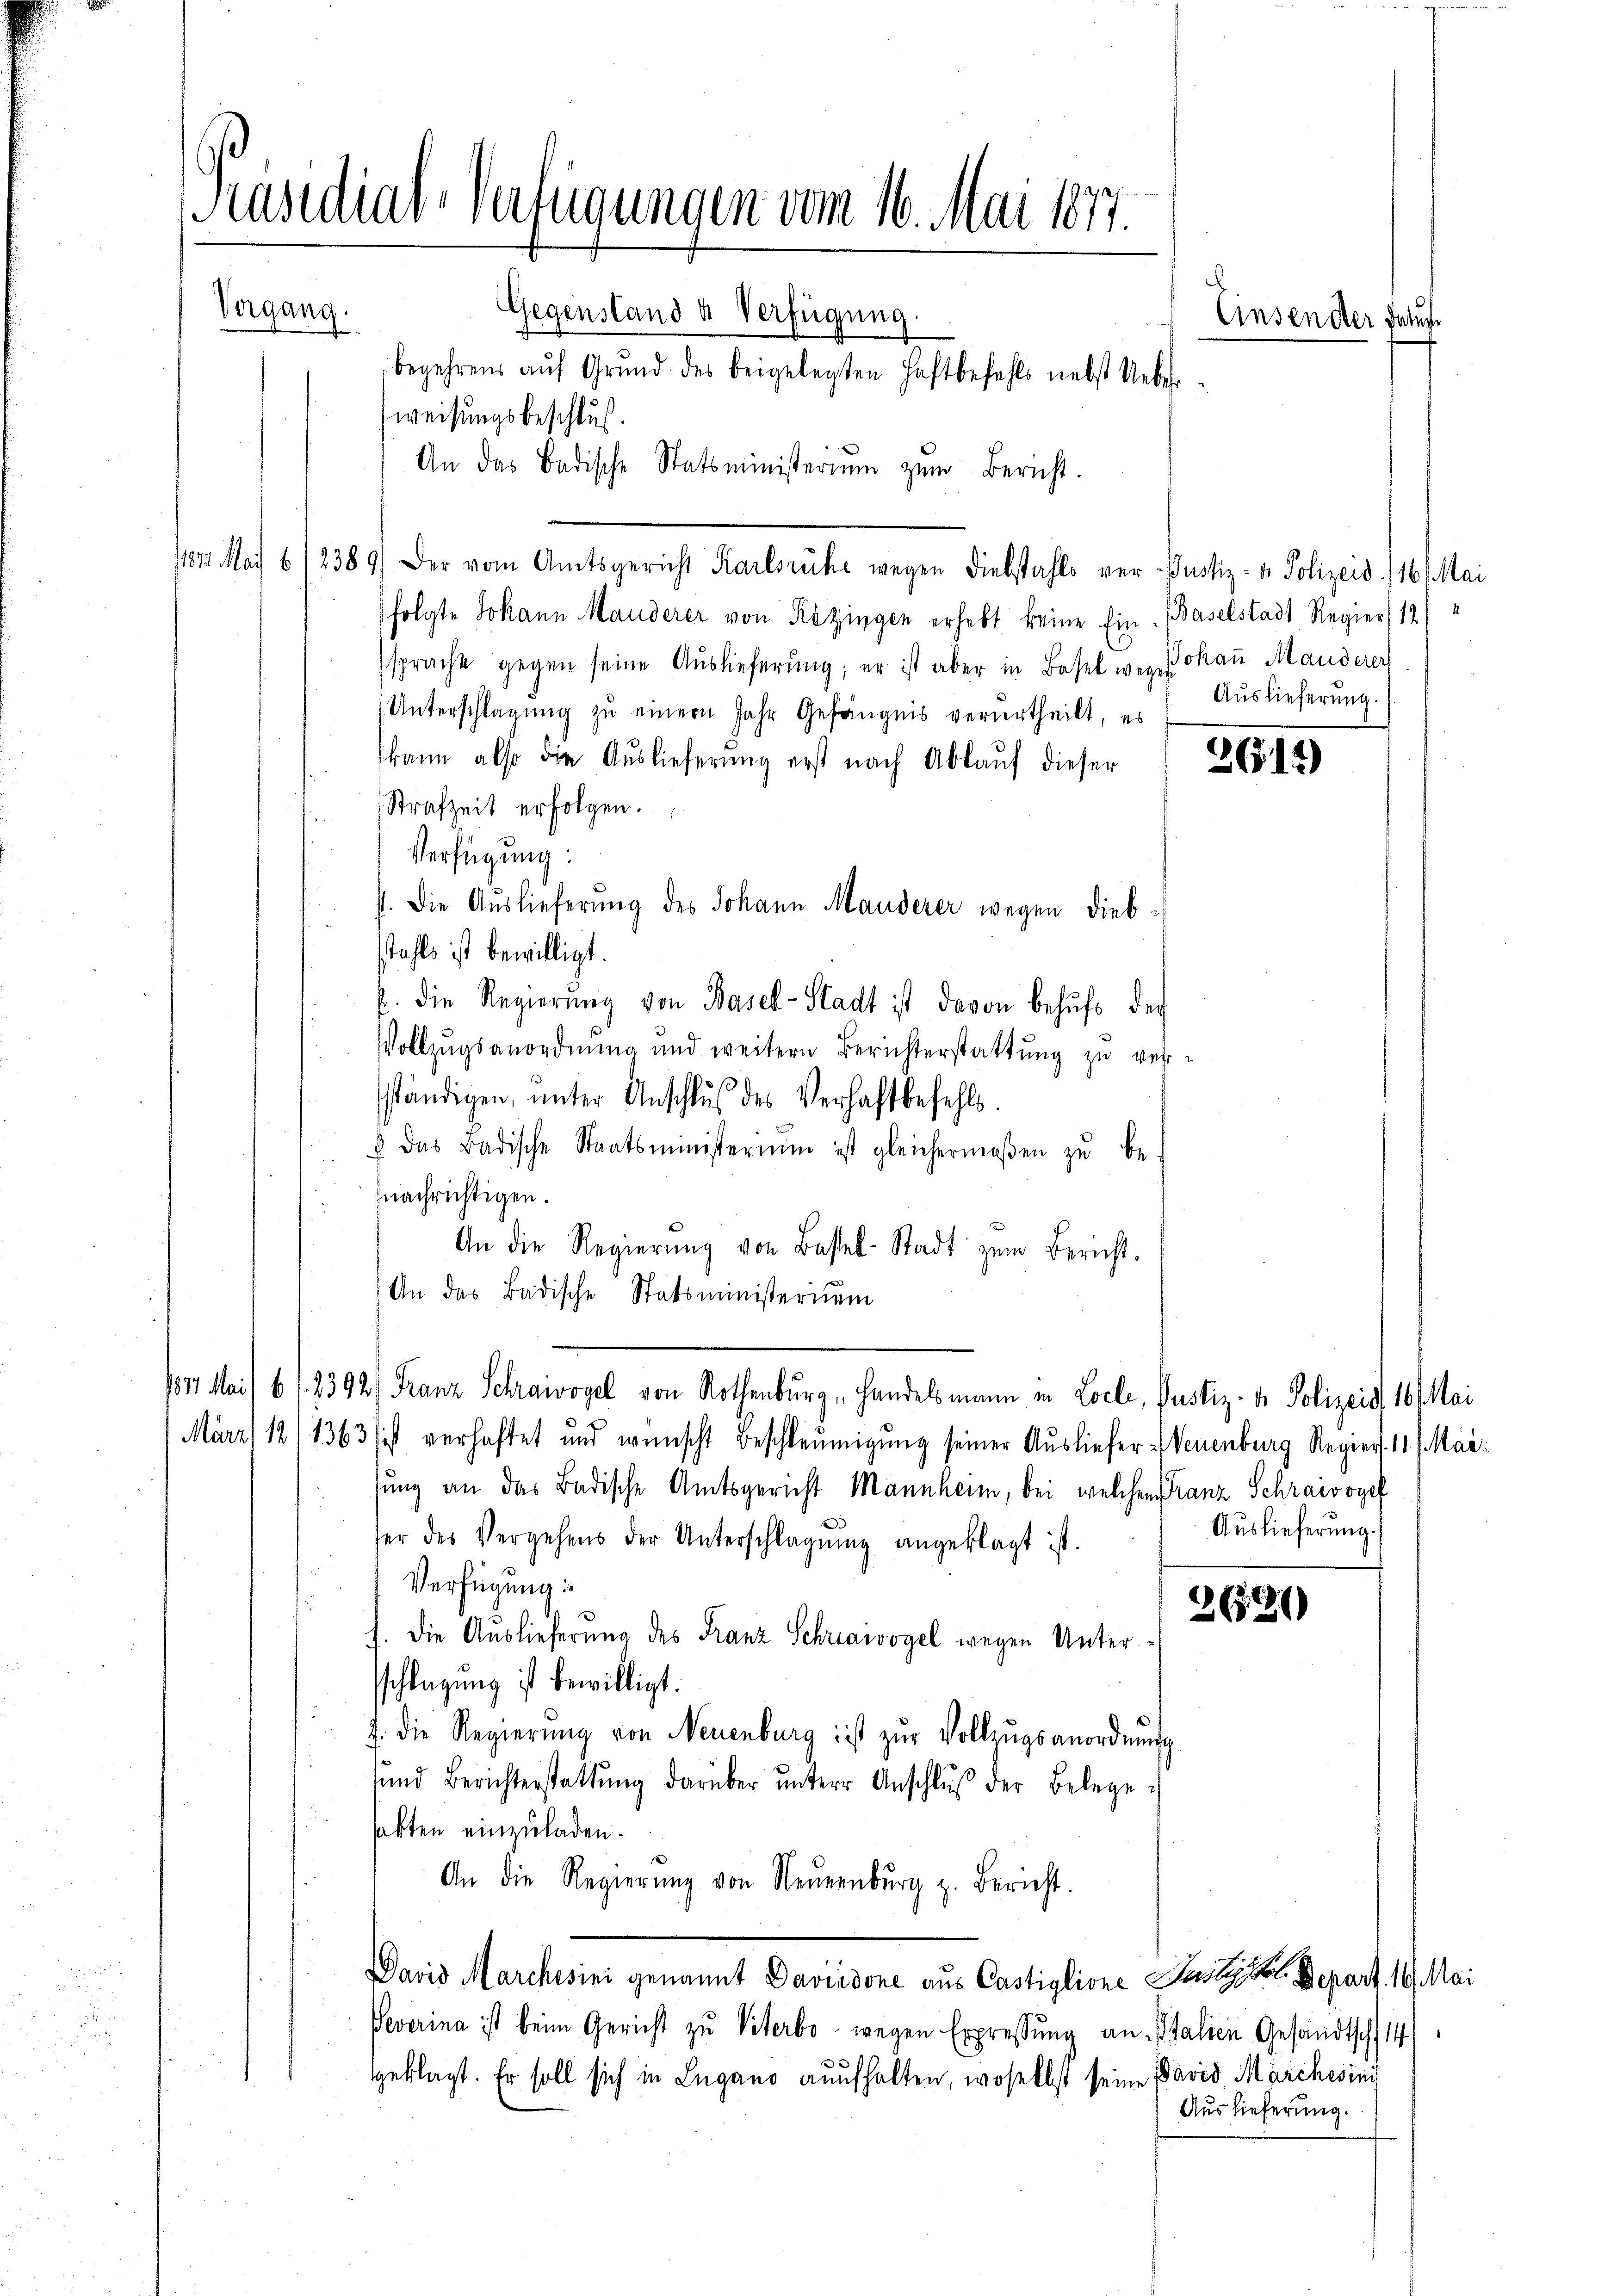
Präsidial-Verfügungen vom 16. Mai 1877.
Vergang.
Gegenstand & Verfügung.
Einsen der Faust
begehren aŭf Grŭnd des beigelegten Haftbefehls nebst Ueber-
weisungsbeschluß

An das Badische Statsministeriŭm zŭm Bericht.
11821. Mai 6 12389) Der vom Amtsgericht Karlsruhe wegen Diebstahls ver-Justiz- & Polizeid. 116. Mai
folgte Johann Manderer von Rezingen erhebt keine Ein Baselstadt Regier, 12/4
spracht gegen seine Aŭslieferŭng, er ist aber in Basel wegschaŭ Manderer
(Unterschlagung zŭ einer Jahr Gefängnis verurtheilt, es
kann also die Auslieferŭng erst nach Ablaŭf dieser
Strafzeit erfolgen.
Verfügung:
J. Die Auslieferung des Johann Manderer wegen Diebstahls ist bewilligt.
p. die Regierŭng von Basel-Stadt ist davon behŭfs der
Vollzugsanordnung und weitern Berichterstattung zu verständigen, ŭnter Anschluß des Verhaftbefehls.
& das Badische Staatsministerium ist gleichermaβen zŭ be
nachrichtigen.
An die Regierŭng von Basel-Stadt zum Bericht.
An das Badische Statsministerium
1817. Mais 6 f. 2392) Franz Schraivogel von Rothenburg, Handelsmann in Loele, Justiz- & Polizeis 10. Mai
März, 12 (1363 ist verhaftet und wünscht beschleunigung seiner Ausliefer-Neuenburg Regier, 11. Mär
lung an das Badische Amtsgericht Mannheim, bei welchem Franz Schraivogel
ser des Vergehens der Unterschlagung angeklagt ist.
Verfügung:
2621)
J. Die Auslieferung des Franz Schriaivogel wegen Untersschlagung ist bewilligt.
J. die Regierŭng von Neuenburg ist zŭr Vollzŭgsanordnŭng
sund Berichterstattŭng darüber ŭnterer Anschlŭβ der Belege
sakten einzuladen.
An die Regierŭng von Neuenburg z. Bericht.
David Marchisini genannt Davidone aus Castiglione Seele. Depart. 16. Mai
Peverina ist beim Gericht zŭ Viterbo wegen Erpressŭng an Italien Gesandtsch 14/
geklagt. Er soll sich in Lugano aufhalten, woselbst seine David Marchesini
Auslieferung.

Auslieferung.

2619)

Auslieferung